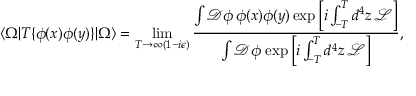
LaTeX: \langle \Omega | T \{ \phi ( x ) \phi ( y ) \} | \Omega \rangle = \operatorname* { l i m } _ { T \to \infty ( 1 - i \epsilon ) } { \frac { \int { \mathcal { D } } \phi \, \phi ( x ) \phi ( y ) \exp \left[ i \int _ { - T } ^ { T } d ^ { 4 } z \, { \mathcal { L } } \right] } { \int { \mathcal { D } } \phi \, \exp \left[ i \int _ { - T } ^ { T } d ^ { 4 } z \, { \mathcal { L } } \right] } } ,